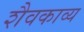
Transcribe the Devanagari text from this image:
शैवकाव्य